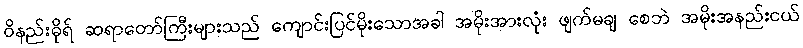
ဝိနည်းဓိုရ် ဆရာတော်ကြီးများသည် ကျောင်းပြင်မိုးသောအခါ အမိုးအားလုံး ဖျက်မချ စေဘဲ အမိုးအနည်းငယ်